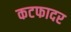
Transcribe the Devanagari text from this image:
कटफादर